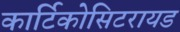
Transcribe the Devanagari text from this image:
कार्टिकोसिटरायड